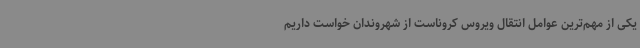
یکی از مهم‌ترین عوامل انتقال ویروس کروناست از شهروندان خواست داریم